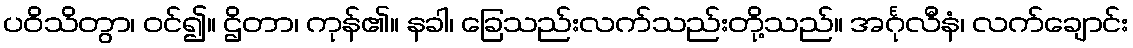
ပဝိသိတွာ၊ ဝင်၍။ ဌိတာ၊ ကုန်၏။ နခါ၊ ခြေသည်းလက်သည်းတို့သည်။ အင်္ဂုလီနံ၊ လက်ချောင်း